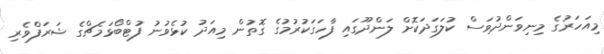
މިއަހަރުގެ މިނިވަންދުވަސް ކުލަގަދަކޮށް ލަންދޫގައި ފާހަގަކުރުމުގެ ގޮތުން މިއަދު ކުޅެވުނު ފުޓްބޯޅަމެޗްގެ ޝަރަފްވެރި